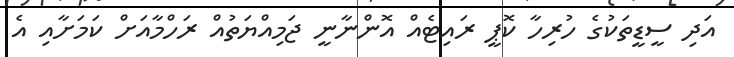
އަދި ސީޑީތަކުގެ ހުރިހާ ކޮޕީ ރައިޓެއް އޮންނާނީ ޖަމިއްޔަތުއް ރަހްމާއަށް ކަމަށާއި އެ